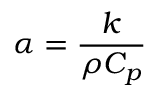
\alpha = { \frac { k } { \rho C _ { p } } }